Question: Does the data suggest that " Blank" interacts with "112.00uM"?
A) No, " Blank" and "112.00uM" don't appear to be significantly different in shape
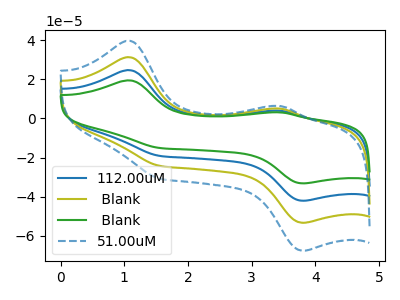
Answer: <think>The blue curve "112.00uM" has anodic peaks at (1.05V, 62.80uA) (3.45V, 10.05uA) and cathodic peaks at (1.55V, -48.80uA) (3.80V, -106.85uA). The olive curve " Blank" has anodic peaks at (1.05V, 31.40uA) (3.45V, 5.05uA) and cathodic peaks at (1.55V, -24.40uA) (3.80V, -53.45uA). The green curve " Blank" has anodic peaks at (1.05V, 94.15uA) (3.45V, 15.10uA) and cathodic peaks at (1.55V, -73.20uA) (3.80V, -160.30uA). The blue dashed curve "51.00uM" has anodic peaks at (1.05V, 39.80uA) (3.45V, 6.40uA) and cathodic peaks at (1.55V, -30.95uA) (3.80V, -67.75uA).
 All the peaks in " Blank" have a peak in "112.00uM" at the same potential. Every peak in " Blank" is lower than every peak in "112.00uM".</think>
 <answer>A) No, " Blank" and "112.00uM" don't appear to be significantly different in shape</answer>
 <eval>A</eval>